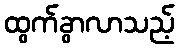
ထွက်ခွာလာသည့်